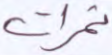
ثمرات